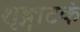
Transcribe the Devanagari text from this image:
शृङ्गाटकं